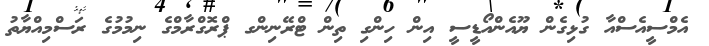
އެމްސީއެސްއާ ގުޅިގެން ޔޫއެންއޯޑީސީ އިން ހިންގި ތިން ޓްރޭނިންގ ޕްރޮގްރާމްގެ ނިމުމުގެ ރަސްމިއްޔާތު